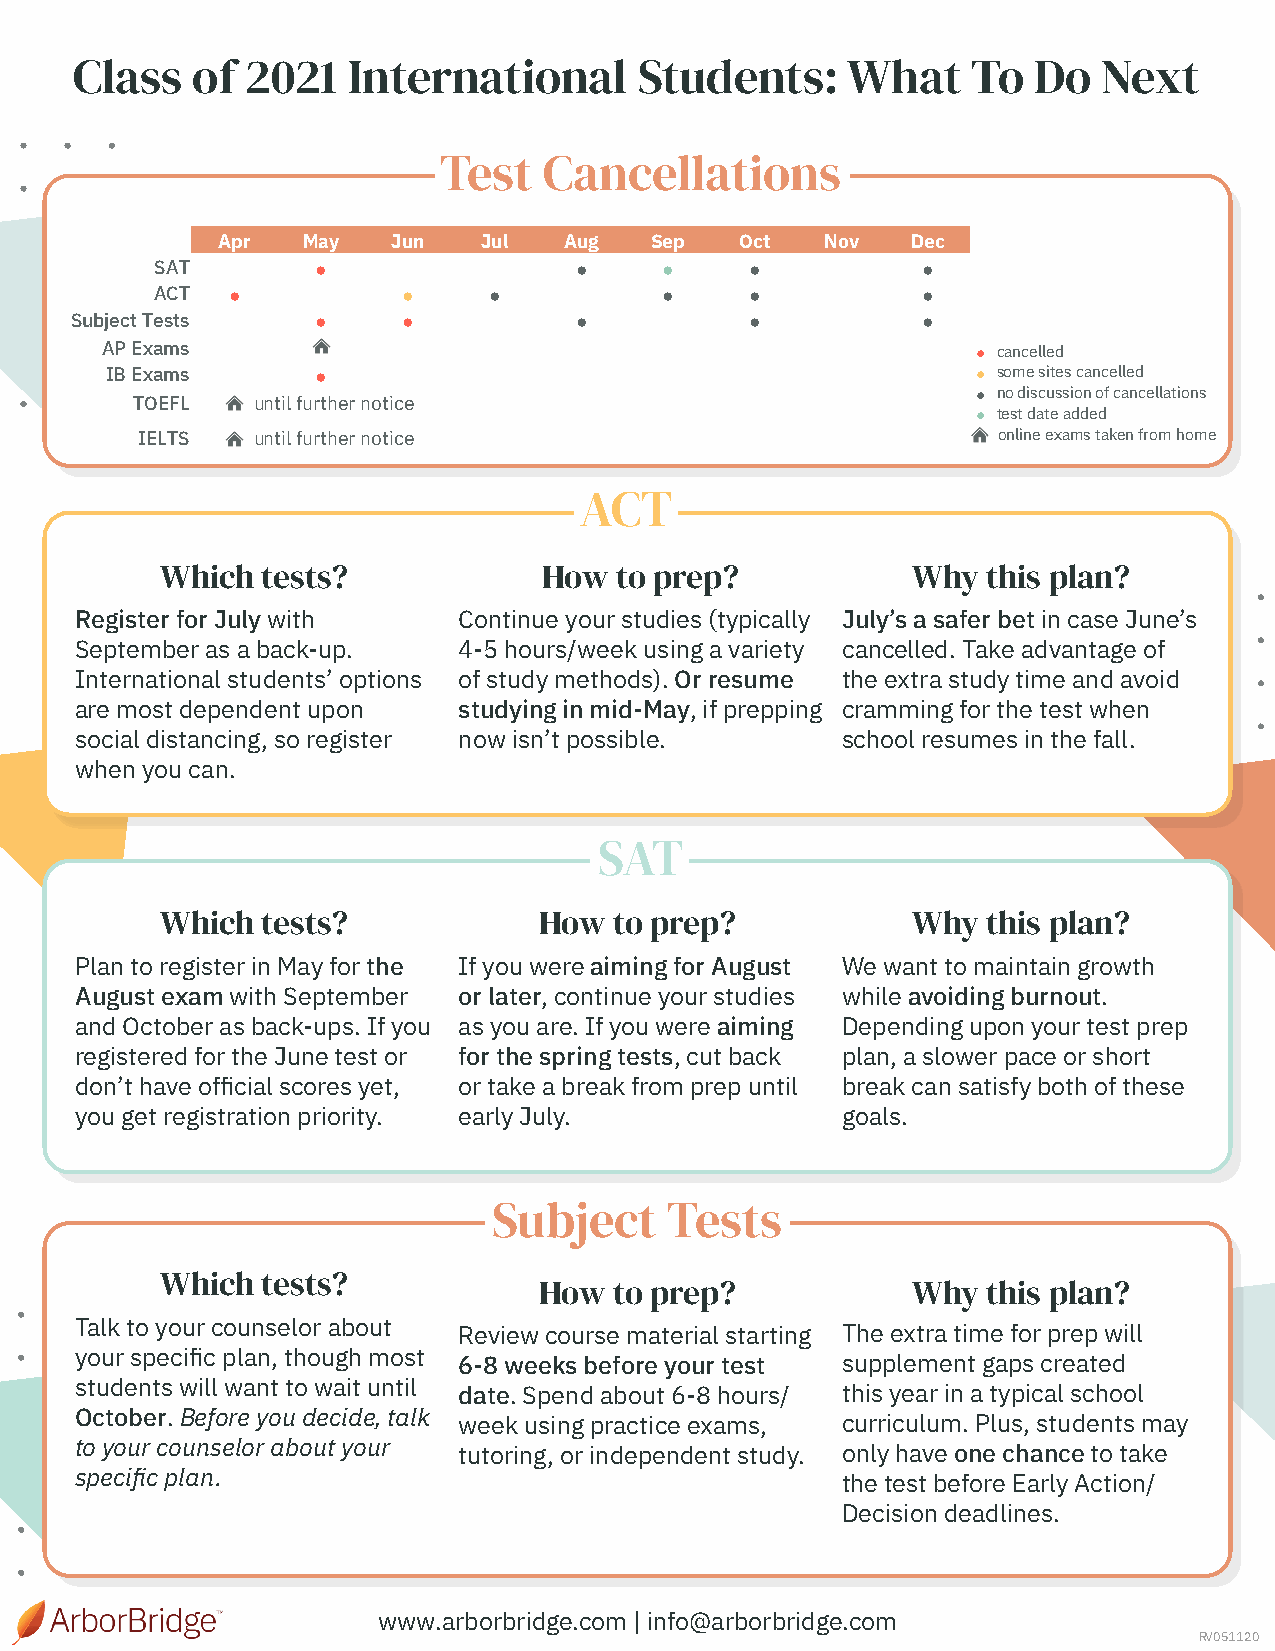
Class   of 2021   International      Students:     What    To  Do   Next
 Test   Cancellations
 Apr   May   Jun   Jul  Aug   Sep   Oct   Nov  Dec
 SAT        ●                ●     ●     ●          ●
 ACT  ●           ●    ●           ●     ●          ●
 Subject Tests   ●     ●          ●           ●          ●
 AP Exams                                                  ● cancelled
 IB Exams      ●                                           ● some sites cancelled
 ● no discussion of cancellations
 TOEFL   until further notice
 ● test date added
 IELTS   until further notice                             online exams taken from home
 GRE    until further notice
 ACT
 GMAT    until further notice
 Which tests?             How  to prep?           Why  this plan?
 Register for July with   Continue your studies (typically July’s a safer bet in case June’s
 September as a back-up.  4-5 hours/week using a variety cancelled. Take advantage of
 International students’ options of study methods). Or resume the extra study time and avoid
 are most dependent upon  studying in mid-May, if prepping cramming for the test when
 social distancing, so register now isn’t possible. school resumes in the fall.
 when you can.
 SAT
 Which tests?             How  to prep?           Why  this plan?
 Plan to register in May for the If you were aiming for August We want to maintain growth
 August exam with September or later, continue your studies while avoiding burnout.
 and October as back-ups. If you as you are. If you were aiming Depending upon your test prep
 registered for the June test or for the spring tests, cut back plan, a slower pace or short
 don’t have official scores yet, or take a break from prep until break can satisfy both of these
 you get registration priority. early July.         goals.
 Subject    Tests
 Which tests?
 How  to prep?           Why  this plan?
 Talk to your counselor about Review course material starting The extra time for prep will
 your specific plan, though most 6-8 weeks before your test supplement gaps created
 students will want to wait until date. Spend about 6-8 hours/ this year in a typical school
 October. Before you decide, talk week using practice exams, curriculum. Plus, students may
 to your counselor about your tutoring, or independent study. only have one chance to take
 specific plan.                                     the test before Early Action/
 Decision deadlines.
 www.arborbridge.com | info@arborbridge.com
 RV051120